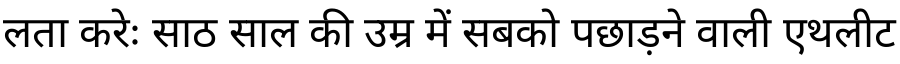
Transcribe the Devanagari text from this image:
लता करेः साठ साल की उम्र में सबको पछाड़ने वाली एथलीट